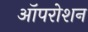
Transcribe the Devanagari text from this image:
ऑपरोशन